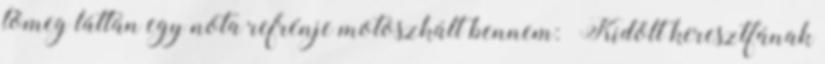
tömeg láttán egy nóta refrénje motoszkált bennem: „Kidőlt keresztfának